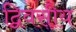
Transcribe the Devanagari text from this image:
द्विवसीय